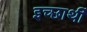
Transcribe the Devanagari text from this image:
इच्छार्थी